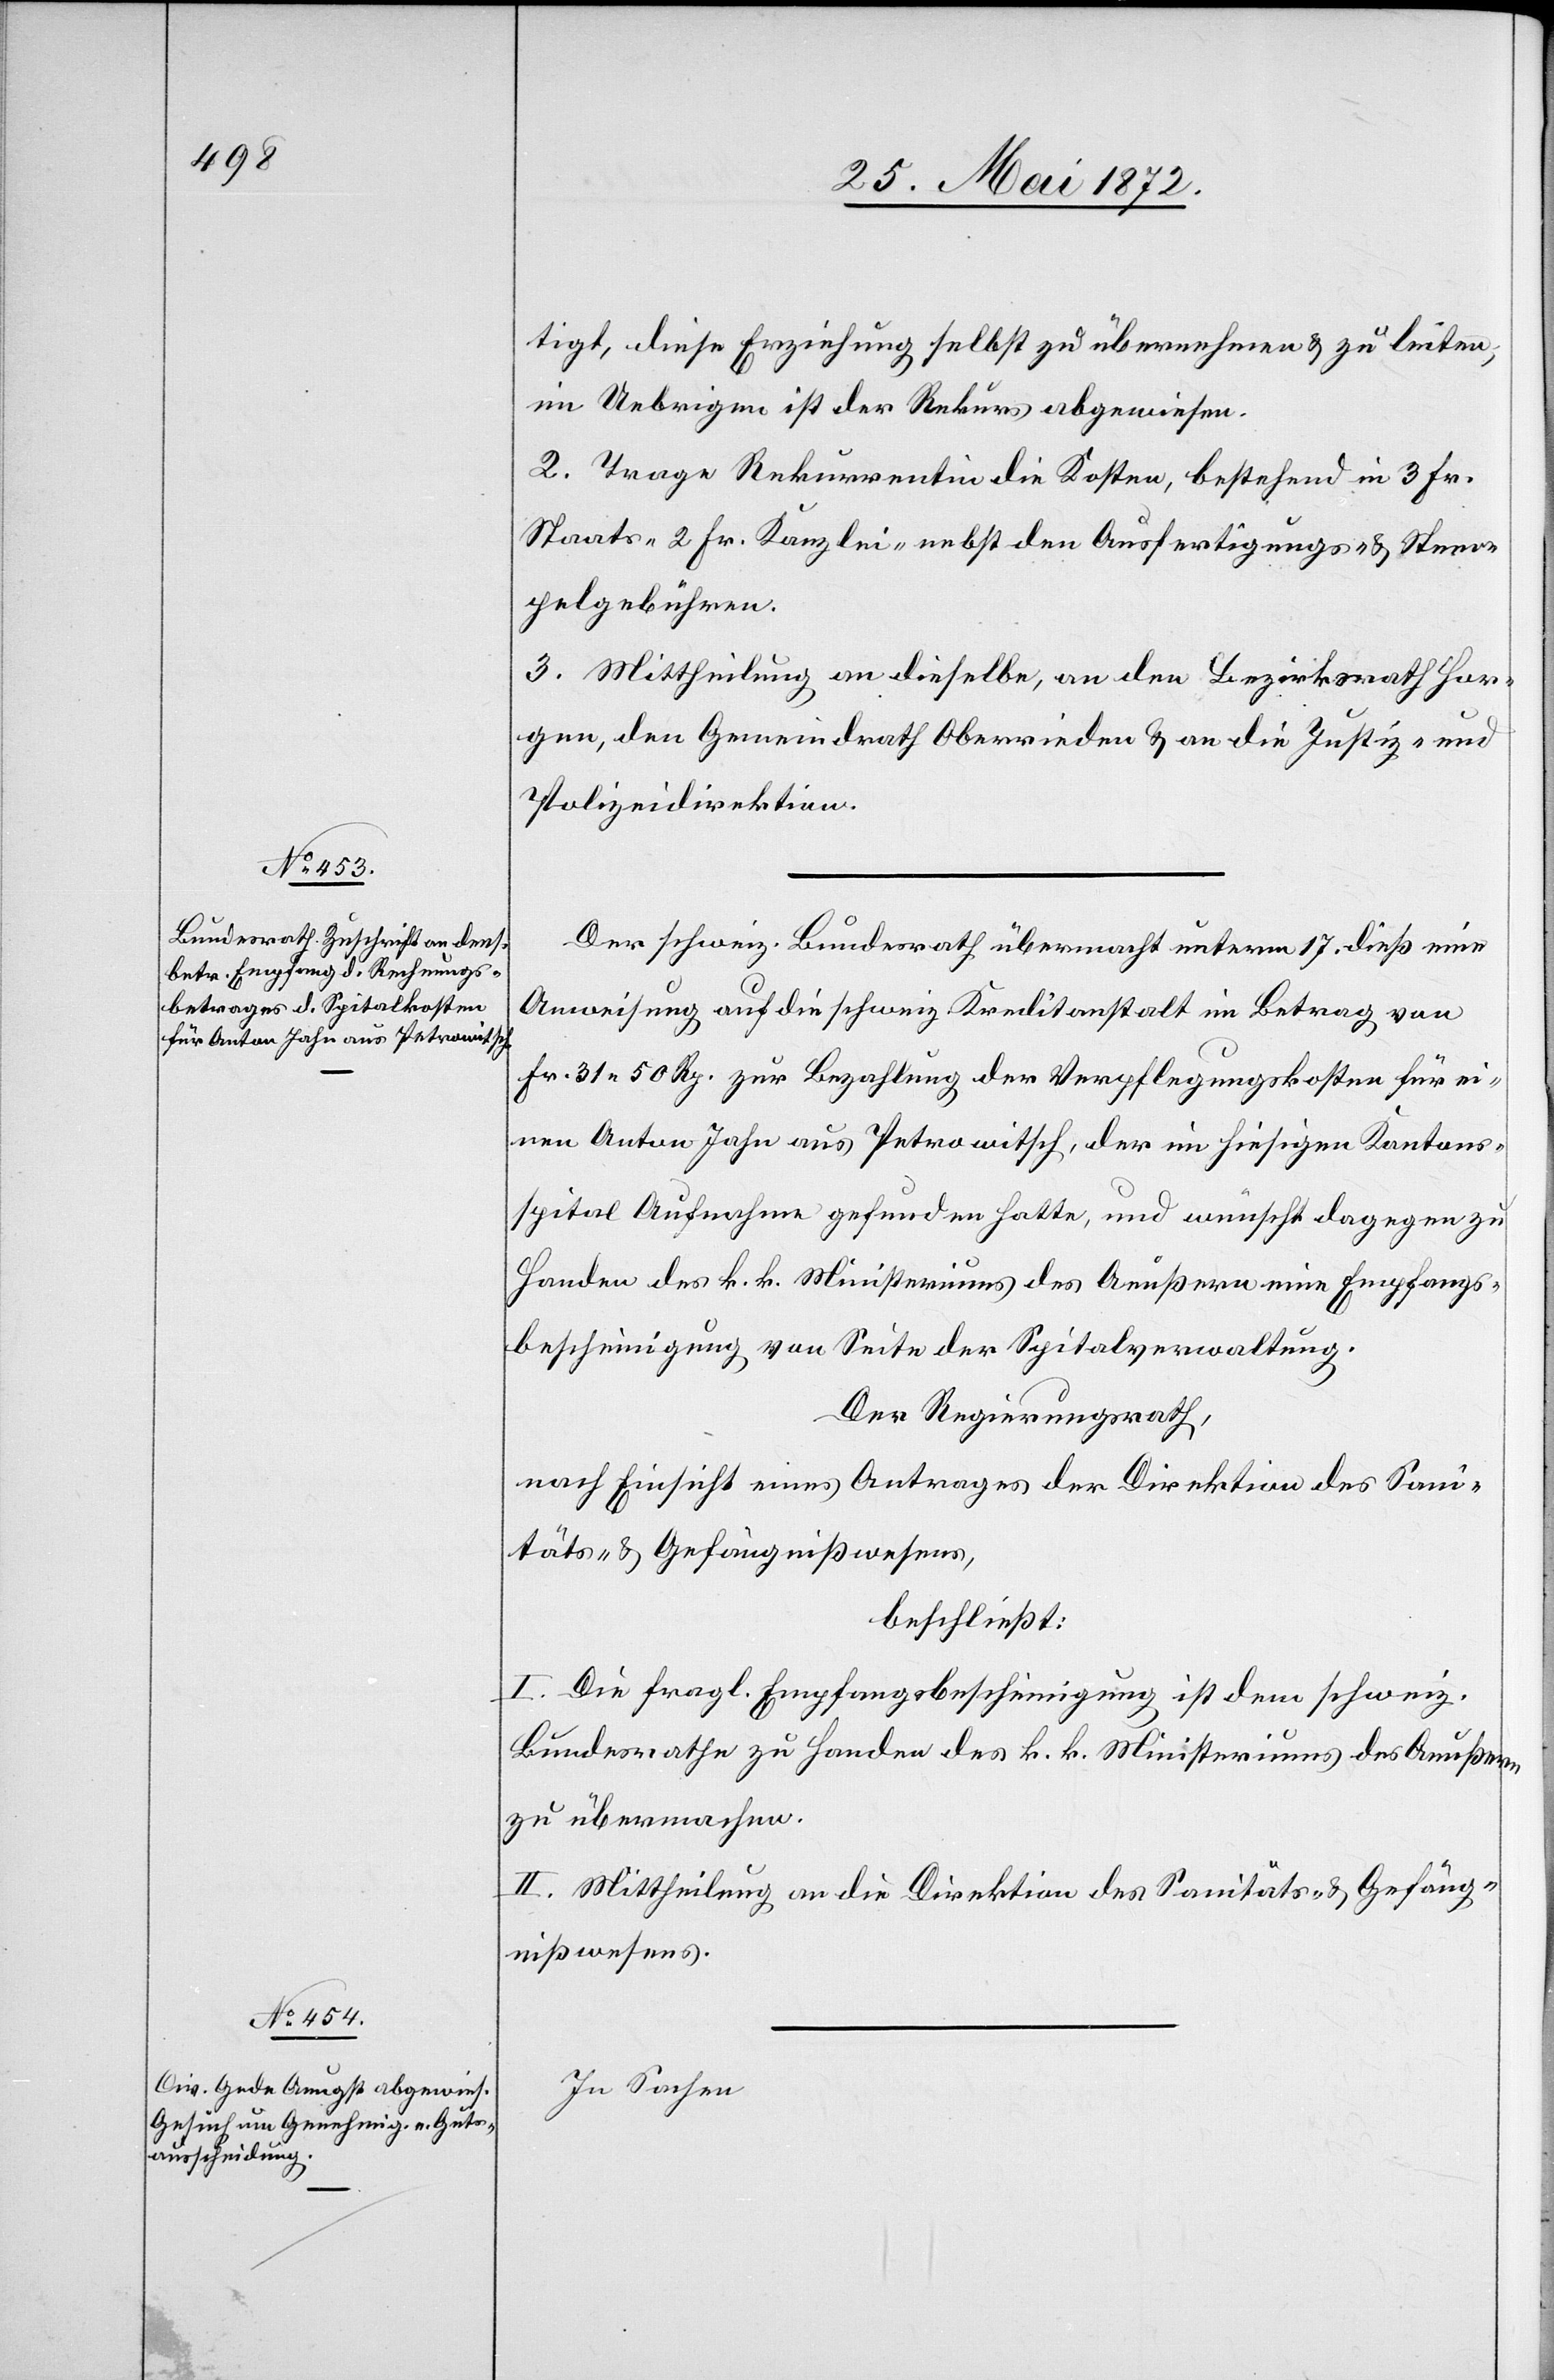
tigt, diese Erziehung selbst zu übernehmen u. zu leiten;
im Uebrigen ist der Rekurs abgewiesen.
2. Trage Rekurrentin die Kosten, bestehend in 3 Fr.
Staats-[,] 2 Fr. Kanzlei.[,] nebst den Ausfertigungs- u. Stem¬
pelgebühren.
3. Mittheilung an dieselbe, an den Bezirksrath Hor¬
gen, den Gemeindrath Oberrieden u. an die Justiz- und
Polizeidirektion.
Der schweiz. Bundesrath übermacht unterm 17. dieß eine
Anweisung auf die schweiz. Kreditanstalt im Betrag von
Fr. 31 50 Rp. zur Bezahlung der Verpflegungskosten für ei¬
nen Anton Jahn aus Petrowitsch, der im hiesigen Kantons¬
spital Aufnahme gefunden hatte, und wünscht dagegen zu
Handen des k. k. Ministeriums des Aeußern eine Empfangs¬
bescheinigung von Seite der Spitalverwaltung.
Der Regierungsrath,
nach Einsicht eines Antrages der Direktion des Sani¬
täts- u. Gefängnißwesens,
beschließt:
I. Die fragl. Empfangsbescheinigung ist dem schweiz.
Bundesrathe zu Handen des k. k. Ministeriums des Aeußern
zu übermachen.
II. Mittheilung an die Direktion des Sanitäts- u. Gefäng¬
nißwesens.
In Sachen